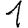
Digit: 1